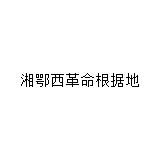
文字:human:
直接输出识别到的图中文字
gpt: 湘鄂西革命根据地